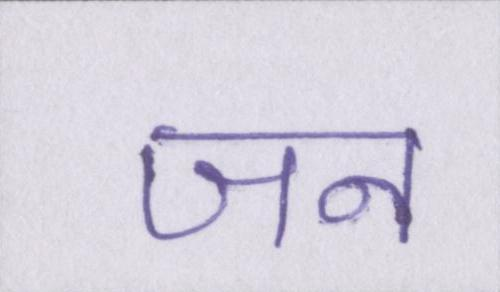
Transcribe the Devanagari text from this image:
जन